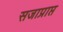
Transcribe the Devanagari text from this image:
सजाप्राप्त